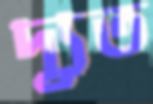
দ্যূত